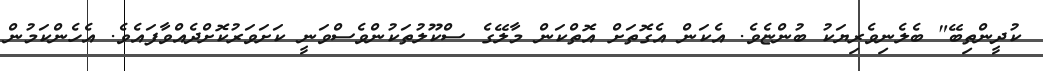
ކުދީންތިބޭ" ބެލެނިވެރިޔަކު ބުންޏެވެ. އެކަން އެގޮތަށް އޮތްކަން މާލޭގެ ސްކޫލުތަކުންވެސްވަނީ ކަށަވަރުކޮށްދެއްވާފައެވެ. އެހެންކަމުން